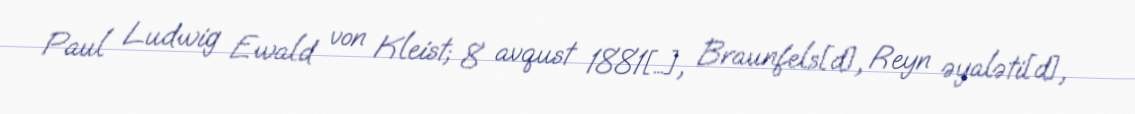
Paul Ludwig Ewald von Kleist; 8 avqust 1881[…], Braunfels[d], Reyn əyaləti[d],